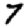
Digit: 7